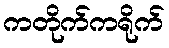
ကတိုက်ကရိုက်